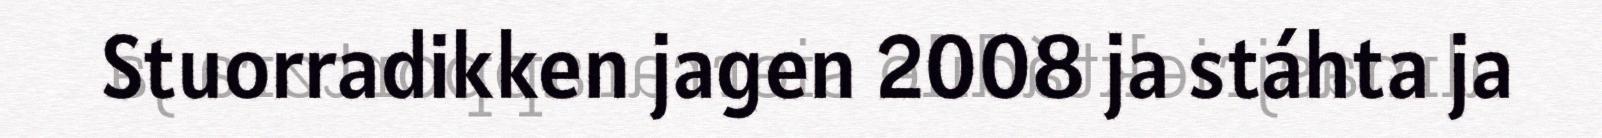
Stuorradikken jagen 2008 ja stáhta ja